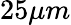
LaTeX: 25\mu m